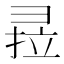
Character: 𰐣